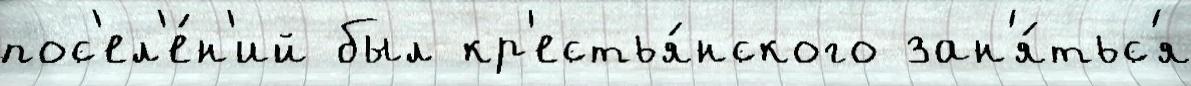
пос'ел'е́н'ий был кр'естья́нского зан'я́тьс'я